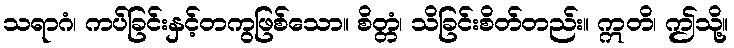
သရာဂံ၊ ကပ်ခြင်းနှင့်တကွဖြစ်သော။ စိတ္တံ၊ သိခြင်းစိတ်တည်း။ ဣတိ၊ ဤသို့။